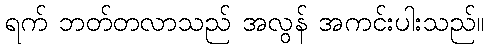
ရက် ဘတ်တလာသည် အလွန် အကင်းပါးသည်။